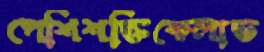
পেশিশক্তিকেলান্ড